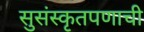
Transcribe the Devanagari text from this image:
सुसंस्कृतपणाची